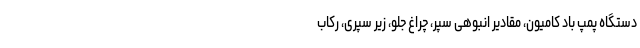
دستگاه پمپ باد کامیون، مقادیر انبوهی سپر، چراغ جلو، زیر سپری، رکاب